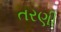
તરણી